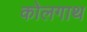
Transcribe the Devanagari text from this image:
कोलगाथ